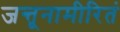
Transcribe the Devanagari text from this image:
जन्तूनामीरितं